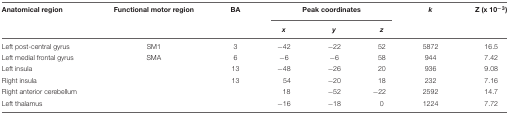
<table><thead><tr><td><b>Anatomical region</b></td><td><b>Functional motor region</b></td><td><b>BA</b></td><td colspan="3"><b>Peak coordinates</b></td><td><b><i>k</i></b></td><td><b>Z (x 10<sup>-3</sup>)</b></td></tr><tr><td></td><td></td><td></td><td><b><i>x</i></b></td><td><b><i>y</i></b></td><td><b><i>z</i></b></td><td></td><td></td></tr></thead><tbody><tr><td>Left post-central gyrus</td><td>SM1</td><td>3</td><td>-42</td><td>-22</td><td>52</td><td>5872</td><td>16.5</td></tr><tr><td>Left medial frontal gyrus</td><td>SMA</td><td>6</td><td>-6</td><td>-6</td><td>58</td><td>944</td><td>7.42</td></tr><tr><td>Left insula</td><td></td><td>13</td><td>-48</td><td>-26</td><td>20</td><td>936</td><td>9.08</td></tr><tr><td>Right insula</td><td></td><td>13</td><td>54</td><td>-20</td><td>18</td><td>232</td><td>7.16</td></tr><tr><td>Right anterior cerebellum</td><td></td><td></td><td>18</td><td>-52</td><td>-22</td><td>2592</td><td>14.7</td></tr><tr><td>Left thalamus</td><td></td><td></td><td>-16</td><td>-18</td><td>0</td><td>1224</td><td>7.72</td></tr></tbody></table>